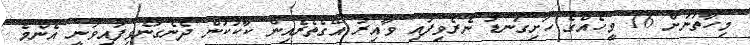
މިހާތަނަށް 16 މީހެއްގެ ހަށިގަނޑު ނެރެވިފައި ވާއިރު އޭގެތެރެއިން ކާކުކަން ދެނެގަނެވިފައިވަނީ އެންމެ